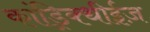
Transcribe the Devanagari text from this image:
कांड्रिक्थीईज़